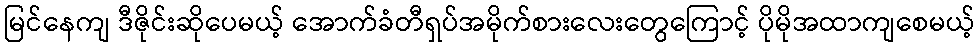
မြင်နေကျ ဒီဇိုင်းဆိုပေမယ့် အောက်ခံတီရှပ်အမိုက်စားလေးတွေကြောင့် ပိုမိုအထာကျစေမယ့်